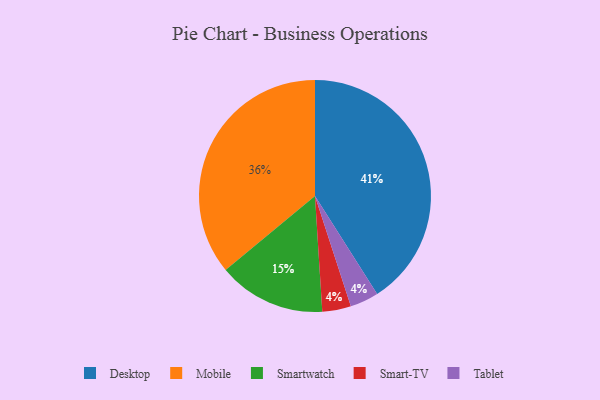
{"axis": {"x": "Category", "y": "Percentage"}, "legend": ["Desktop", "Mobile", "Smart-TV", "Smartwatch", "Tablet"], "data": [{"x": "Desktop", "y": 41, "type": "Desktop"}, {"x": "Mobile", "y": 36, "type": "Mobile"}, {"x": "Smartwatch", "y": 15, "type": "Smartwatch"}, {"x": "Smart-TV", "y": 4, "type": "Smart-TV"}, {"x": "Tablet", "y": 4, "type": "Tablet"}]}